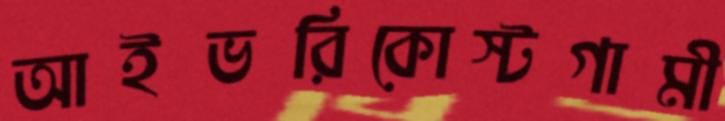
আইভরিকোস্টগামী